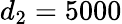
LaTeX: d_{2}=5000